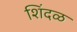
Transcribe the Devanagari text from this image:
शिंदळ